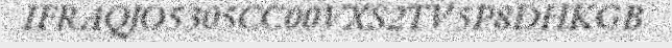
IFRAQJO5305CC00VXS2TV5P8DHKGB